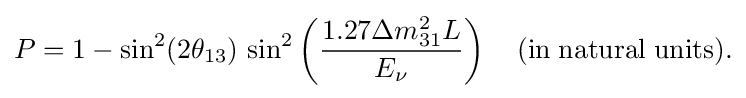
P=1-\sin ^{2}(2\theta _{13})\,\sin ^{2}\left({\frac {1.27\Delta m_{31}^{2}L}{E_{\nu }}}\right)\quad \mathrm {(in\;natural\;units).}